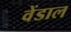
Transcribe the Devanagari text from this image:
वेंडाल